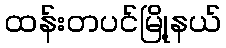
ထန်းတပင်မြို့နယ်